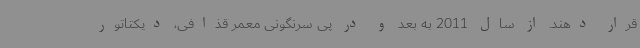
قرار دهند. از سال 2011 به بعد و در پی سرنگونی معمر قذافی، دیکتاتور